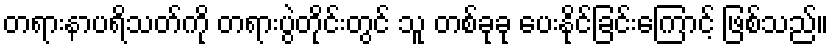
တရားနာပရိသတ်ကို တရားပွဲတိုင်းတွင် သူ တစ်ခုခု ပေးနိုင်ခြင်းကြောင့် ဖြစ်သည်။